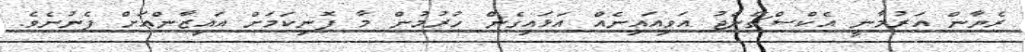
ރެޔާން އަރުމާނީ އެކްސްޗޭންޖު އަވިއައިނެއް އަޅައިގެން ހުރުމުން މާ ފޮނިކަމަށް އައިޒާންއަށް ފެނުނެވެ.